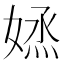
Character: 𡞷